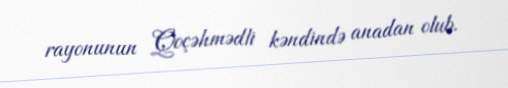
rayonunun Qoçəhmədli kəndində anadan olub.